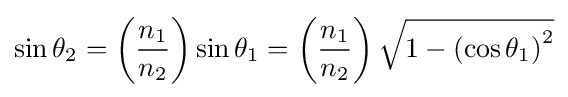
\sin \theta _{2}=\left({\frac {n_{1}}{n_{2}}}\right)\sin \theta _{1}=\left({\frac {n_{1}}{n_{2}}}\right){\sqrt {1-\left(\cos \theta _{1}\right)^{2}}}